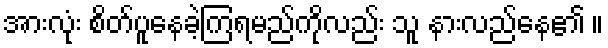
အားလုံး စိတ်ပူနေခဲ့ကြရမည်ကိုလည်း သူ နားလည်နေ၏ ။